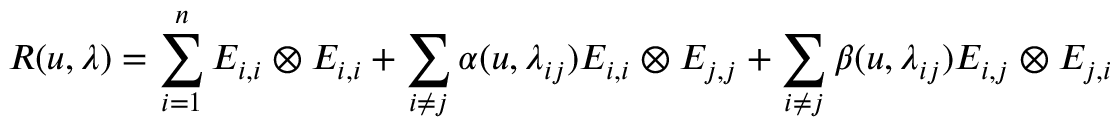
R ( u , \lambda ) = \sum _ { i = 1 } ^ { n } E _ { i , i } \otimes E _ { i , i } + \sum _ { i \neq j } \alpha ( u , \lambda _ { i j } ) E _ { i , i } \otimes E _ { j , j } + \sum _ { i \neq j } \beta ( u , \lambda _ { i j } ) E _ { i , j } \otimes E _ { j , i }